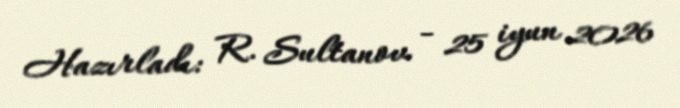
Hazırladı: R. Sultanov - 25 iyun 2026